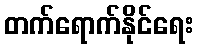
တက်ရောက်နိုင်ရေး